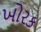
ખોરક